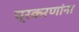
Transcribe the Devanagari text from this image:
प्रकरणांना